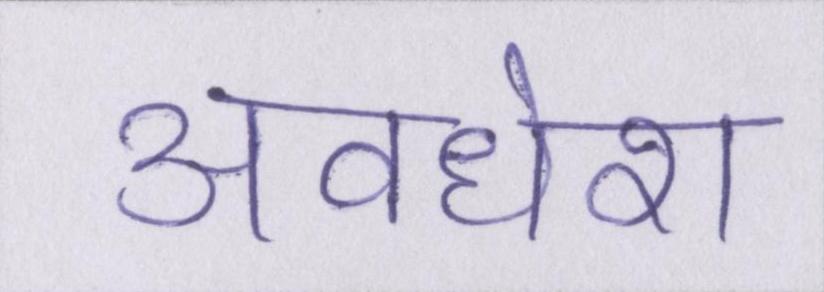
अवधेश